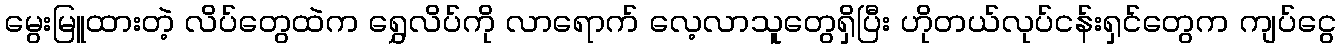
မွေးမြူထားတဲ့ လိပ်တွေထဲက ရွှေလိပ်ကို လာရောက် လေ့လာသူတွေရှိပြီး ဟိုတယ်လုပ်ငန်းရှင်တွေက ကျပ်ငွေ